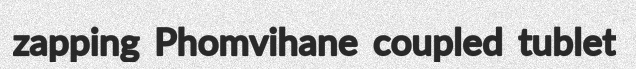
zapping Phomvihane coupled tublet